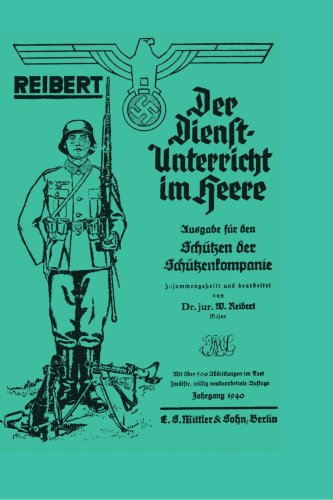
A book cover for Reibert. Der Dienstunterricht Im Heere - Ausgabe F?r Panzerabwehrsch?tzen; Dr. Jur. W. Reibert; History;